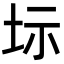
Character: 𡊆